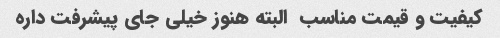
کیفیت و قیمت مناسب  البته هنوز خیلی جای پیشرفت داره